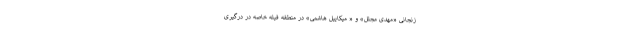
زنجانی «مهدی مجلل» و « میکايیل هاشمی» در منطقه فیله خاصه در درگیری